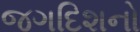
જગદિશનો